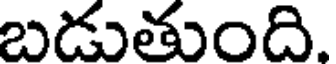
బడుతుంది.